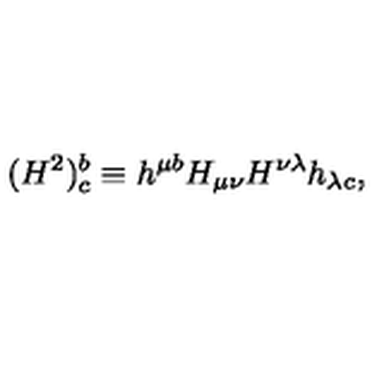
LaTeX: ( H ^ { 2 } ) _ { c } ^ { b } \equiv h ^ { \mu b } H _ { \mu \nu } H ^ { \nu \lambda } h _ { \lambda c } ,